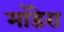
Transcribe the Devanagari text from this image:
मॉडेरा